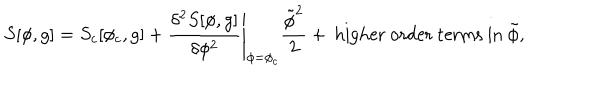
S [ \phi , g ] = S _ { c } [ \phi _ { c } , g ] + \left. \frac { \delta ^ { 2 } S [ \phi , g ] } { \delta \phi ^ { 2 } } \right| _ { \phi = \phi _ { c } } \frac { \tilde { \phi } ^ { 2 } } { 2 } + \mathrm { ~ h i g h e r ~ o r d e r ~ t e r m s ~ i n ~ } \tilde { \phi } , \nonumber